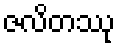
ဇလိတဿု